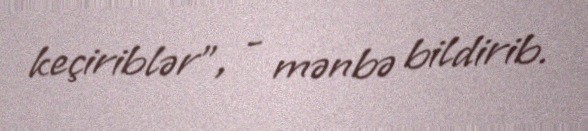
keçiriblər", - mənbə bildirib.